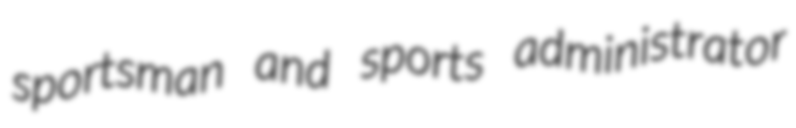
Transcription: sportsman and sports administrator